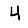
Digit: 4